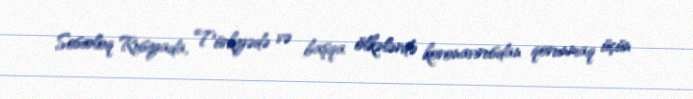
Sosioloq Rusiyada, Türkiyədə və başqa ölkələrdə koronavirusdan qorunmaq üçün